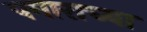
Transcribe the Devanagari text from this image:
पगाराच्या